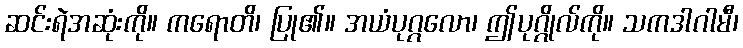
ဆင်းရဲအဆုံးကို။ ကရောတိ၊ ပြု၏။ အယံပုဂ္ဂလော၊ ဤပုဂ္ဂိုလ်ကို။ သကဒါဂါမီ၊